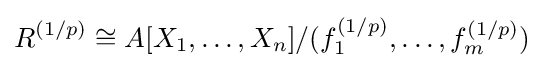
R^{(1/p)}\cong A[X_{1},\ldots ,X_{n}]/(f_{1}^{(1/p)},\ldots ,f_{m}^{(1/p)})